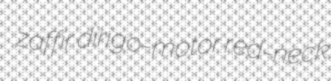
zaffir dirigo-motor red-neck